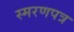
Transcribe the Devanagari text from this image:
स्मरणपत्र